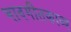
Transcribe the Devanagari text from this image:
भावगीतकाव्य